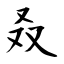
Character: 叒